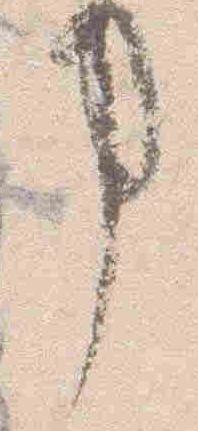
掌